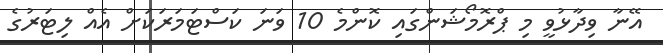
އޭނާ ވިދާޅުވީ މި ޕްރޮމޯޝަންގައި ކޮންމެ 10 ވަނަ ކަސްޓަމަރަކަށް އެއް ލިޓަރުގެ